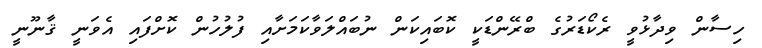
ހިސާން ވިދާޅުވީ ރެކޯޑަރުގެ ބްރޭންޑަކީ ކޮބައިކަން ނުބައްލަވާކަމަށާއި ފުލުހުން ކޮށްފައި އެވަނީ ޤާނޫނީ